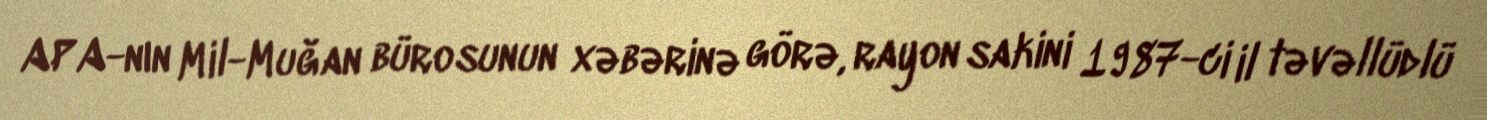
APA-nın Mil-Muğan bürosunun xəbərinə görə, rayon sakini 1987-ci il təvəllüdlü